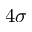
4 \sigma